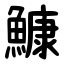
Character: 鱇